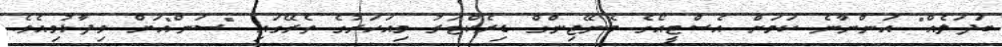
ބަދަލެއް" އަންނާނެ ކަމަށް އެސްޓީއޯގެ މެނޭޖިންގް ޑިރެކްޓަރު މިއަހަރުގެ ތެރޭގައި "ސަން"އަށް ވިދާޅުވިއެވެ.